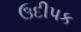
ઉદીપક